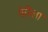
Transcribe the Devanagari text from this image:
गेरिला